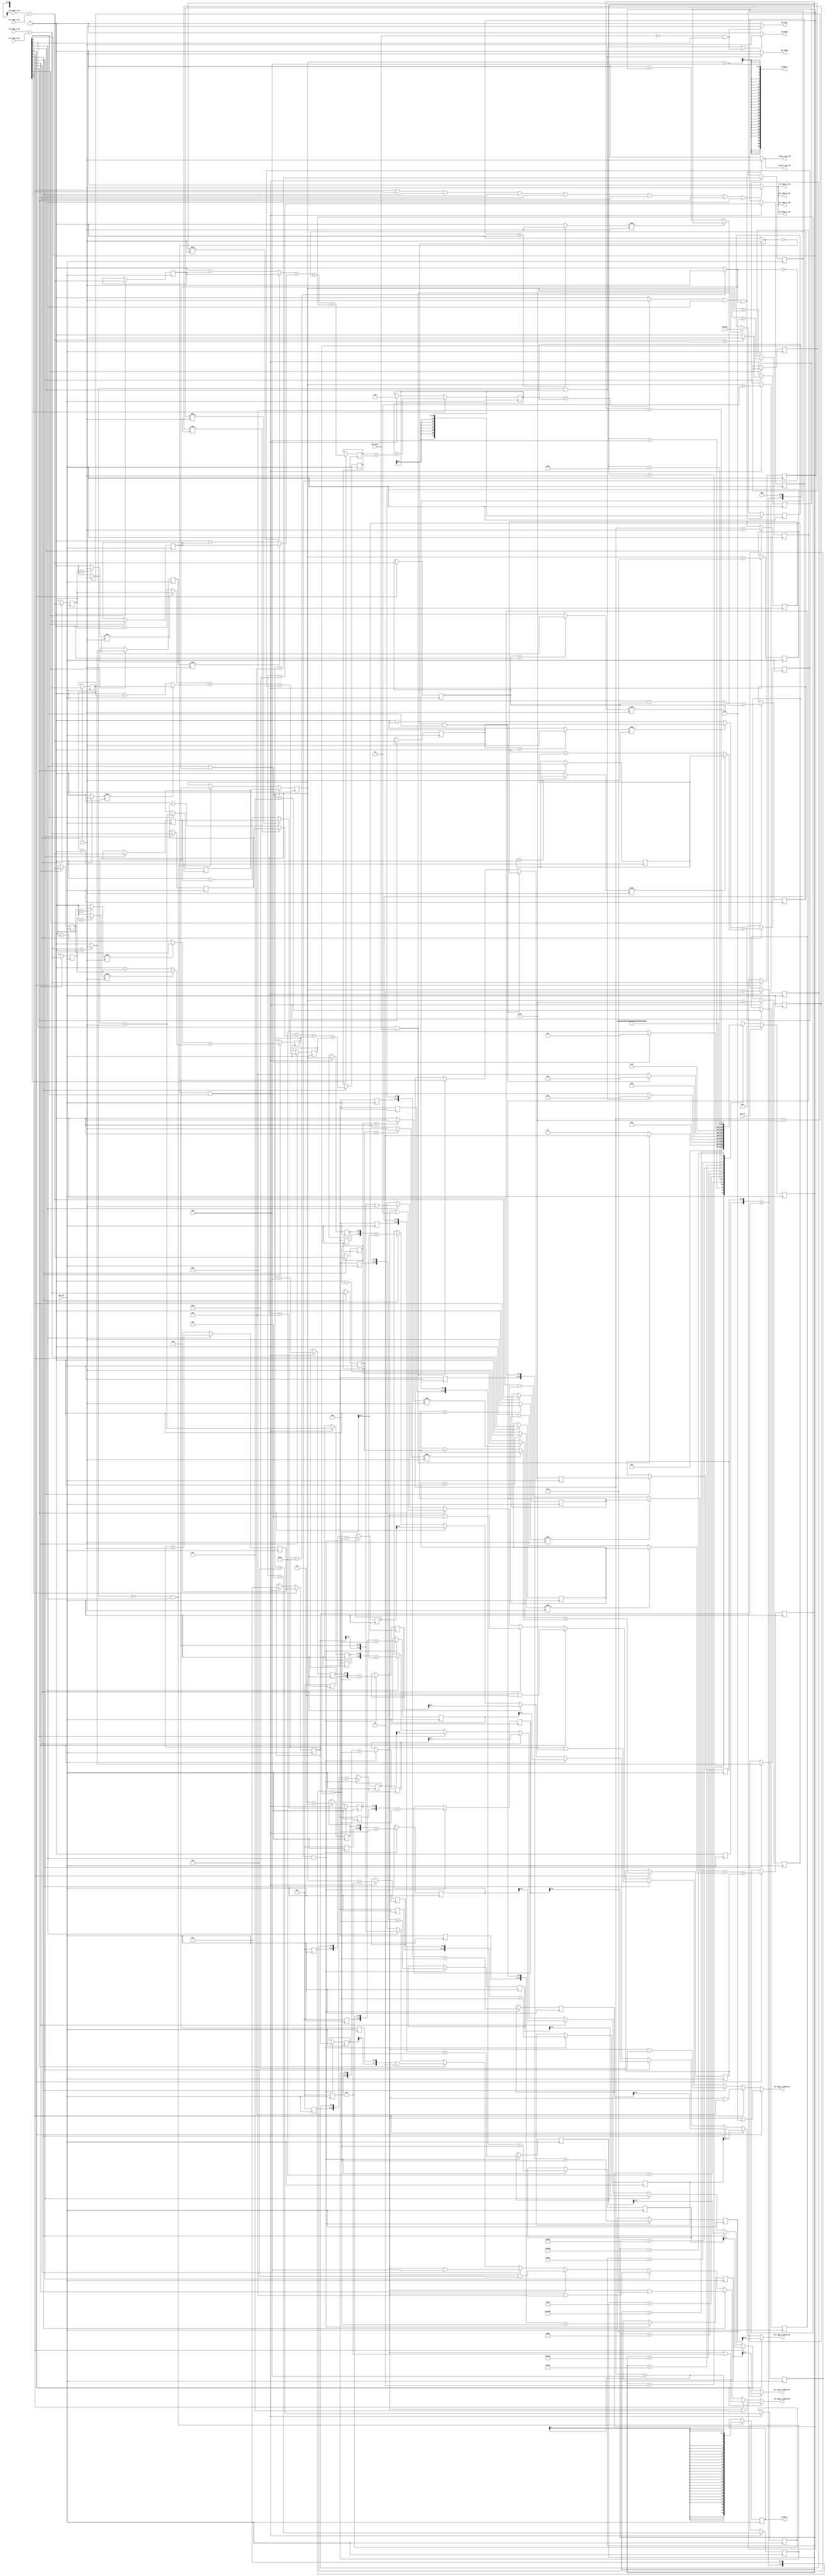
// ==============================================================
// RTL generated by Vivado(TM) HLS - High-Level Synthesis from C, C++ and SystemC
// Version: 2018.3
// Copyright (C) 1986-2018 Xilinx, Inc. All Rights Reserved.
// 
// ===========================================================

`timescale 1 ns / 1 ps 

module alignment_1 (
        ap_clk,
        ap_rst,
        ap_start,
        ap_done,
        ap_idle,
        ap_ready,
        ref_imgs_V_address0,
        ref_imgs_V_ce0,
        ref_imgs_V_q0,
        ref_imgs_V_address1,
        ref_imgs_V_ce1,
        ref_imgs_V_q1,
        alt_imgs_V_address0,
        alt_imgs_V_ce0,
        alt_imgs_V_q0,
        alt_imgs_V_address1,
        alt_imgs_V_ce1,
        alt_imgs_V_q1,
        align_x,
        align_x_ap_vld,
        align_y,
        align_y_ap_vld
);

parameter    ap_ST_fsm_state1 = 14'd1;
parameter    ap_ST_fsm_state2 = 14'd2;
parameter    ap_ST_fsm_state3 = 14'd4;
parameter    ap_ST_fsm_state4 = 14'd8;
parameter    ap_ST_fsm_state5 = 14'd16;
parameter    ap_ST_fsm_state6 = 14'd32;
parameter    ap_ST_fsm_state7 = 14'd64;
parameter    ap_ST_fsm_state8 = 14'd128;
parameter    ap_ST_fsm_state9 = 14'd256;
parameter    ap_ST_fsm_state10 = 14'd512;
parameter    ap_ST_fsm_state11 = 14'd1024;
parameter    ap_ST_fsm_state12 = 14'd2048;
parameter    ap_ST_fsm_state13 = 14'd4096;
parameter    ap_ST_fsm_state14 = 14'd8192;

input   ap_clk;
input   ap_rst;
input   ap_start;
output   ap_done;
output   ap_idle;
output   ap_ready;
output  [7:0] ref_imgs_V_address0;
output   ref_imgs_V_ce0;
input  [15:0] ref_imgs_V_q0;
output  [7:0] ref_imgs_V_address1;
output   ref_imgs_V_ce1;
input  [15:0] ref_imgs_V_q1;
output  [9:0] alt_imgs_V_address0;
output   alt_imgs_V_ce0;
input  [15:0] alt_imgs_V_q0;
output  [9:0] alt_imgs_V_address1;
output   alt_imgs_V_ce1;
input  [15:0] alt_imgs_V_q1;
output  [31:0] align_x;
output   align_x_ap_vld;
output  [31:0] align_y;
output   align_y_ap_vld;

reg ap_done;
reg ap_idle;
reg ap_ready;
reg[7:0] ref_imgs_V_address0;
reg ref_imgs_V_ce0;
reg[7:0] ref_imgs_V_address1;
reg ref_imgs_V_ce1;
reg[9:0] alt_imgs_V_address0;
reg alt_imgs_V_ce0;
reg[9:0] alt_imgs_V_address1;
reg alt_imgs_V_ce1;
reg align_x_ap_vld;
reg align_y_ap_vld;

(* fsm_encoding = "none" *) reg   [13:0] ap_CS_fsm;
wire    ap_CS_fsm_state1;
wire   [4:0] i_cast_fu_465_p1;
reg   [4:0] i_cast_reg_1816;
wire    ap_CS_fsm_state2;
wire   [3:0] i_1_fu_475_p2;
reg   [3:0] i_1_reg_1824;
wire  signed [31:0] align_x_assign_cast_fu_487_p1;
reg  signed [31:0] align_x_assign_cast_reg_1829;
wire   [0:0] exitcond1_fu_469_p2;
wire   [3:0] j_1_fu_501_p2;
reg   [3:0] j_1_reg_1837;
wire    ap_CS_fsm_state3;
wire   [10:0] tmp_7_cast_fu_507_p1;
reg   [10:0] tmp_7_cast_reg_1842;
wire   [0:0] exitcond2_fu_495_p2;
wire   [10:0] tmp_7_1_cast_fu_511_p1;
reg   [10:0] tmp_7_1_cast_reg_1847;
wire   [10:0] tmp_7_2_cast_fu_521_p1;
reg   [10:0] tmp_7_2_cast_reg_1852;
wire   [10:0] tmp_7_3_cast_fu_531_p1;
reg   [10:0] tmp_7_3_cast_reg_1857;
wire   [10:0] tmp_7_4_cast_fu_541_p1;
reg   [10:0] tmp_7_4_cast_reg_1862;
wire   [10:0] tmp_7_5_cast_fu_551_p1;
reg   [10:0] tmp_7_5_cast_reg_1867;
wire   [10:0] tmp_7_6_cast_fu_561_p1;
reg   [10:0] tmp_7_6_cast_reg_1872;
wire   [10:0] tmp_7_7_cast_fu_571_p1;
reg   [10:0] tmp_7_7_cast_reg_1877;
wire   [10:0] tmp_7_8_cast_fu_581_p1;
reg   [10:0] tmp_7_8_cast_reg_1882;
wire   [10:0] tmp_7_9_cast_fu_591_p1;
reg   [10:0] tmp_7_9_cast_reg_1887;
wire   [10:0] tmp_7_cast_3_fu_601_p1;
reg   [10:0] tmp_7_cast_3_reg_1892;
wire   [10:0] tmp_7_10_cast_fu_611_p1;
reg   [10:0] tmp_7_10_cast_reg_1897;
wire   [10:0] tmp_7_11_cast_fu_621_p1;
reg   [10:0] tmp_7_11_cast_reg_1902;
wire   [10:0] tmp_7_12_cast_fu_631_p1;
reg   [10:0] tmp_7_12_cast_reg_1907;
wire   [10:0] tmp_7_13_cast_fu_641_p1;
reg   [10:0] tmp_7_13_cast_reg_1912;
wire   [10:0] tmp_7_14_cast_fu_651_p1;
reg   [10:0] tmp_7_14_cast_reg_1917;
wire   [4:0] n_1_fu_661_p2;
reg   [4:0] n_1_reg_1925;
wire    ap_CS_fsm_state4;
wire   [8:0] tmp_3_fu_667_p3;
reg   [8:0] tmp_3_reg_1930;
wire   [0:0] exitcond3_fu_655_p2;
wire   [10:0] tmp_41_fu_750_p2;
reg   [10:0] tmp_41_reg_1968;
wire   [10:0] tmp_42_fu_755_p2;
reg   [10:0] tmp_42_reg_1973;
wire   [10:0] tmp_43_fu_760_p2;
reg   [10:0] tmp_43_reg_1978;
wire   [10:0] tmp_44_fu_765_p2;
reg   [10:0] tmp_44_reg_1983;
wire   [10:0] tmp_45_fu_770_p2;
reg   [10:0] tmp_45_reg_1988;
wire   [10:0] tmp_46_fu_775_p2;
reg   [10:0] tmp_46_reg_1993;
wire   [10:0] tmp_47_fu_780_p2;
reg   [10:0] tmp_47_reg_1998;
wire   [10:0] tmp_48_fu_785_p2;
reg   [10:0] tmp_48_reg_2003;
wire   [10:0] tmp_49_fu_790_p2;
reg   [10:0] tmp_49_reg_2008;
wire   [10:0] tmp_50_fu_795_p2;
reg   [10:0] tmp_50_reg_2013;
wire   [10:0] tmp_51_fu_800_p2;
reg   [10:0] tmp_51_reg_2018;
wire   [10:0] tmp_52_fu_805_p2;
reg   [10:0] tmp_52_reg_2023;
wire   [10:0] tmp_53_fu_810_p2;
reg   [10:0] tmp_53_reg_2028;
wire   [10:0] tmp_54_fu_815_p2;
reg   [10:0] tmp_54_reg_2033;
wire    ap_CS_fsm_state5;
wire   [16:0] ret_V_fu_893_p2;
reg   [16:0] ret_V_reg_2061;
wire   [16:0] ret_V_1_fu_907_p2;
reg   [16:0] ret_V_1_reg_2068;
wire    ap_CS_fsm_state6;
wire   [16:0] ret_V_2_fu_999_p2;
reg   [16:0] ret_V_2_reg_2095;
wire   [16:0] ret_V_3_fu_1013_p2;
reg   [16:0] ret_V_3_reg_2102;
wire   [17:0] tmp3_fu_1019_p2;
reg   [17:0] tmp3_reg_2109;
wire    ap_CS_fsm_state7;
wire   [16:0] ret_V_4_fu_1111_p2;
reg   [16:0] ret_V_4_reg_2134;
wire   [16:0] ret_V_5_fu_1125_p2;
reg   [16:0] ret_V_5_reg_2141;
wire   [18:0] tmp2_fu_1144_p2;
reg   [18:0] tmp2_reg_2148;
wire    ap_CS_fsm_state8;
wire   [16:0] ret_V_6_fu_1236_p2;
reg   [16:0] ret_V_6_reg_2173;
wire   [0:0] abscond_6_fu_1242_p2;
reg   [0:0] abscond_6_reg_2179;
wire   [16:0] ret_V_7_fu_1256_p2;
reg   [16:0] ret_V_7_reg_2184;
wire   [0:0] abscond_7_fu_1262_p2;
reg   [0:0] abscond_7_reg_2190;
wire   [17:0] tmp6_fu_1268_p2;
reg   [17:0] tmp6_reg_2195;
wire    ap_CS_fsm_state9;
wire   [16:0] ret_V_8_fu_1348_p2;
reg   [16:0] ret_V_8_reg_2220;
wire   [16:0] ret_V_9_fu_1362_p2;
reg   [16:0] ret_V_9_reg_2227;
wire   [19:0] tmp1_fu_1394_p2;
reg   [19:0] tmp1_reg_2234;
wire    ap_CS_fsm_state10;
wire   [16:0] ret_V_s_fu_1486_p2;
reg   [16:0] ret_V_s_reg_2259;
wire   [16:0] ret_V_10_fu_1500_p2;
reg   [16:0] ret_V_10_reg_2266;
wire   [17:0] tmp10_fu_1506_p2;
reg   [17:0] tmp10_reg_2273;
wire    ap_CS_fsm_state11;
wire   [16:0] ret_V_11_fu_1598_p2;
reg   [16:0] ret_V_11_reg_2298;
wire   [16:0] ret_V_12_fu_1612_p2;
reg   [16:0] ret_V_12_reg_2305;
wire   [18:0] tmp9_fu_1631_p2;
reg   [18:0] tmp9_reg_2312;
wire   [16:0] ret_V_13_fu_1687_p2;
reg   [16:0] ret_V_13_reg_2317;
wire    ap_CS_fsm_state12;
wire   [0:0] abscond_13_fu_1693_p2;
reg   [0:0] abscond_13_reg_2323;
wire   [16:0] ret_V_14_fu_1707_p2;
reg   [16:0] ret_V_14_reg_2328;
wire   [0:0] abscond_14_fu_1713_p2;
reg   [0:0] abscond_14_reg_2334;
wire   [17:0] tmp13_fu_1719_p2;
reg   [17:0] tmp13_reg_2339;
wire   [19:0] tmp8_fu_1781_p2;
reg   [19:0] tmp8_reg_2344;
wire    ap_CS_fsm_state13;
wire   [24:0] temp_sum_s_fu_1803_p2;
wire    ap_CS_fsm_state14;
reg   [3:0] i_reg_414;
reg   [3:0] j_reg_425;
reg  signed [24:0] sum_1_reg_437;
reg   [4:0] n_reg_449;
wire   [63:0] tmp_5_fu_675_p1;
wire   [63:0] tmp_8_fu_686_p3;
wire  signed [63:0] tmp_41_cast_fu_735_p1;
wire  signed [63:0] tmp_42_cast_fu_745_p1;
wire   [63:0] tmp_7_fu_854_p3;
wire   [63:0] tmp_11_fu_868_p3;
wire  signed [63:0] tmp_43_cast_fu_877_p1;
wire  signed [63:0] tmp_44_cast_fu_881_p1;
wire   [63:0] tmp_13_fu_918_p3;
wire   [63:0] tmp_15_fu_932_p3;
wire  signed [63:0] tmp_45_cast_fu_941_p1;
wire  signed [63:0] tmp_46_cast_fu_945_p1;
wire   [63:0] tmp_17_fu_1030_p3;
wire   [63:0] tmp_19_fu_1044_p3;
wire  signed [63:0] tmp_47_cast_fu_1053_p1;
wire  signed [63:0] tmp_48_cast_fu_1057_p1;
wire   [63:0] tmp_21_fu_1155_p3;
wire   [63:0] tmp_23_fu_1169_p3;
wire  signed [63:0] tmp_49_cast_fu_1178_p1;
wire  signed [63:0] tmp_50_cast_fu_1182_p1;
wire   [63:0] tmp_25_fu_1279_p3;
wire   [63:0] tmp_27_fu_1293_p3;
wire  signed [63:0] tmp_51_cast_fu_1302_p1;
wire  signed [63:0] tmp_52_cast_fu_1306_p1;
wire   [63:0] tmp_29_fu_1405_p3;
wire   [63:0] tmp_31_fu_1419_p3;
wire  signed [63:0] tmp_53_cast_fu_1428_p1;
wire  signed [63:0] tmp_54_cast_fu_1432_p1;
wire   [63:0] tmp_33_fu_1517_p3;
wire   [63:0] tmp_35_fu_1531_p3;
wire  signed [63:0] tmp_55_cast_fu_1540_p1;
wire  signed [63:0] tmp_56_cast_fu_1544_p1;
reg   [31:0] sum_fu_122;
wire  signed [31:0] sum_3_cast_fu_823_p1;
wire   [0:0] tmp_2_fu_827_p2;
wire   [3:0] align_x_assign_fu_481_p2;
wire   [3:0] tmp_6_2_fu_515_p2;
wire   [3:0] tmp_6_3_fu_525_p2;
wire   [3:0] tmp_6_4_fu_535_p2;
wire   [3:0] tmp_6_5_fu_545_p2;
wire   [3:0] tmp_6_6_fu_555_p2;
wire   [3:0] tmp_6_7_fu_565_p2;
wire   [4:0] j_cast_fu_491_p1;
wire   [4:0] tmp_6_8_fu_575_p2;
wire   [4:0] tmp_6_9_fu_585_p2;
wire   [4:0] tmp_6_s_fu_595_p2;
wire   [4:0] tmp_6_1_fu_605_p2;
wire   [4:0] tmp_6_10_fu_615_p2;
wire   [4:0] tmp_6_11_fu_625_p2;
wire   [4:0] tmp_6_12_fu_635_p2;
wire   [4:0] tmp_6_13_fu_645_p2;
wire   [8:0] tmp_6_fu_680_p2;
wire   [4:0] tmp_4_fu_695_p2;
wire   [9:0] tmp_36_fu_700_p3;
wire   [7:0] tmp_37_fu_712_p3;
wire   [10:0] p_shl_cast_fu_708_p1;
wire   [10:0] p_shl1_cast_fu_720_p1;
wire   [10:0] tmp_38_fu_724_p2;
wire   [10:0] tmp_39_fu_730_p2;
wire   [10:0] tmp_40_fu_740_p2;
wire   [3:0] align_y_assign_fu_833_p2;
wire   [8:0] tmp_9_fu_849_p2;
wire   [8:0] tmp_10_fu_863_p2;
wire   [16:0] lhs_V_fu_885_p1;
wire   [16:0] rhs_V_fu_889_p1;
wire   [16:0] lhs_V_1_fu_899_p1;
wire   [16:0] rhs_V_1_fu_903_p1;
wire   [8:0] tmp_12_fu_913_p2;
wire   [8:0] tmp_14_fu_927_p2;
wire   [0:0] abscond_fu_954_p2;
wire   [16:0] neg_fu_949_p2;
wire   [16:0] abs_fu_959_p3;
wire   [0:0] abscond_1_fu_975_p2;
wire   [16:0] neg_1_fu_970_p2;
wire   [16:0] abs_1_fu_980_p3;
wire   [16:0] lhs_V_2_fu_991_p1;
wire   [16:0] rhs_V_2_fu_995_p1;
wire   [16:0] lhs_V_3_fu_1005_p1;
wire   [16:0] rhs_V_3_fu_1009_p1;
wire  signed [17:0] abs_cast_fu_966_p1;
wire  signed [17:0] abs_1_cast_fu_987_p1;
wire   [8:0] tmp_16_fu_1025_p2;
wire   [8:0] tmp_18_fu_1039_p2;
wire   [0:0] abscond_2_fu_1066_p2;
wire   [16:0] neg_2_fu_1061_p2;
wire   [16:0] abs_2_fu_1071_p3;
wire   [0:0] abscond_3_fu_1087_p2;
wire   [16:0] neg_3_fu_1082_p2;
wire   [16:0] abs_3_fu_1092_p3;
wire   [16:0] lhs_V_4_fu_1103_p1;
wire   [16:0] rhs_V_4_fu_1107_p1;
wire   [16:0] lhs_V_5_fu_1117_p1;
wire   [16:0] rhs_V_5_fu_1121_p1;
wire  signed [17:0] abs_2_cast_fu_1078_p1;
wire  signed [17:0] abs_3_cast_fu_1099_p1;
wire   [17:0] tmp4_fu_1134_p2;
wire  signed [18:0] tmp4_cast_fu_1140_p1;
wire  signed [18:0] tmp3_cast_fu_1131_p1;
wire   [8:0] tmp_20_fu_1150_p2;
wire   [8:0] tmp_22_fu_1164_p2;
wire   [0:0] abscond_4_fu_1191_p2;
wire   [16:0] neg_4_fu_1186_p2;
wire   [16:0] abs_4_fu_1196_p3;
wire   [0:0] abscond_5_fu_1212_p2;
wire   [16:0] neg_5_fu_1207_p2;
wire   [16:0] abs_5_fu_1217_p3;
wire   [16:0] lhs_V_6_fu_1228_p1;
wire   [16:0] rhs_V_6_fu_1232_p1;
wire   [16:0] lhs_V_7_fu_1248_p1;
wire   [16:0] rhs_V_7_fu_1252_p1;
wire  signed [17:0] abs_4_cast_fu_1203_p1;
wire  signed [17:0] abs_5_cast_fu_1224_p1;
wire   [8:0] tmp_24_fu_1274_p2;
wire   [8:0] tmp_26_fu_1288_p2;
wire   [16:0] neg_6_fu_1310_p2;
wire   [16:0] abs_6_fu_1315_p3;
wire   [16:0] neg_7_fu_1325_p2;
wire   [16:0] abs_7_fu_1330_p3;
wire   [16:0] lhs_V_8_fu_1340_p1;
wire   [16:0] rhs_V_8_fu_1344_p1;
wire   [16:0] lhs_V_9_fu_1354_p1;
wire   [16:0] rhs_V_9_fu_1358_p1;
wire  signed [17:0] abs_6_cast_fu_1321_p1;
wire  signed [17:0] abs_7_cast_fu_1336_p1;
wire   [17:0] tmp7_fu_1374_p2;
wire  signed [18:0] tmp7_cast_fu_1380_p1;
wire  signed [18:0] tmp6_cast_fu_1371_p1;
wire   [18:0] tmp5_fu_1384_p2;
wire  signed [19:0] tmp5_cast_fu_1390_p1;
wire  signed [19:0] tmp2_cast_fu_1368_p1;
wire   [8:0] tmp_28_fu_1400_p2;
wire   [8:0] tmp_30_fu_1414_p2;
wire   [0:0] abscond_8_fu_1441_p2;
wire   [16:0] neg_8_fu_1436_p2;
wire   [16:0] abs_8_fu_1446_p3;
wire   [0:0] abscond_9_fu_1462_p2;
wire   [16:0] neg_9_fu_1457_p2;
wire   [16:0] abs_9_fu_1467_p3;
wire   [16:0] lhs_V_s_fu_1478_p1;
wire   [16:0] rhs_V_s_fu_1482_p1;
wire   [16:0] lhs_V_10_fu_1492_p1;
wire   [16:0] rhs_V_10_fu_1496_p1;
wire  signed [17:0] abs_8_cast_fu_1453_p1;
wire  signed [17:0] abs_9_cast_fu_1474_p1;
wire   [8:0] tmp_32_fu_1512_p2;
wire   [8:0] tmp_34_fu_1526_p2;
wire   [0:0] abscond_s_fu_1553_p2;
wire   [16:0] neg_s_fu_1548_p2;
wire   [16:0] abs_s_fu_1558_p3;
wire   [0:0] abscond_10_fu_1574_p2;
wire   [16:0] neg_10_fu_1569_p2;
wire   [16:0] abs_10_fu_1579_p3;
wire   [16:0] lhs_V_11_fu_1590_p1;
wire   [16:0] rhs_V_11_fu_1594_p1;
wire   [16:0] lhs_V_12_fu_1604_p1;
wire   [16:0] rhs_V_12_fu_1608_p1;
wire  signed [17:0] abs_cast_5_fu_1565_p1;
wire  signed [17:0] abs_10_cast_fu_1586_p1;
wire   [17:0] tmp11_fu_1621_p2;
wire  signed [18:0] tmp11_cast_fu_1627_p1;
wire  signed [18:0] tmp10_cast_fu_1618_p1;
wire   [0:0] abscond_11_fu_1642_p2;
wire   [16:0] neg_11_fu_1637_p2;
wire   [16:0] abs_11_fu_1647_p3;
wire   [0:0] abscond_12_fu_1663_p2;
wire   [16:0] neg_12_fu_1658_p2;
wire   [16:0] abs_12_fu_1668_p3;
wire   [16:0] lhs_V_13_fu_1679_p1;
wire   [16:0] rhs_V_13_fu_1683_p1;
wire   [16:0] lhs_V_14_fu_1699_p1;
wire   [16:0] rhs_V_14_fu_1703_p1;
wire  signed [17:0] abs_11_cast_fu_1654_p1;
wire  signed [17:0] abs_12_cast_fu_1675_p1;
wire   [16:0] neg_13_fu_1725_p2;
wire   [16:0] abs_13_fu_1730_p3;
wire   [16:0] neg_14_fu_1740_p2;
wire   [16:0] abs_14_fu_1745_p3;
wire  signed [17:0] abs_13_cast_fu_1736_p1;
wire  signed [17:0] abs_14_cast_fu_1751_p1;
wire   [17:0] tmp14_fu_1761_p2;
wire  signed [18:0] tmp14_cast_fu_1767_p1;
wire  signed [18:0] tmp13_cast_fu_1758_p1;
wire   [18:0] tmp12_fu_1771_p2;
wire  signed [19:0] tmp12_cast_fu_1777_p1;
wire  signed [19:0] tmp9_cast_fu_1755_p1;
wire  signed [20:0] tmp8_cast_fu_1790_p1;
wire  signed [20:0] tmp1_cast_fu_1787_p1;
wire   [20:0] tmp_s_fu_1793_p2;
wire  signed [24:0] p_cast_fu_1799_p1;
reg   [13:0] ap_NS_fsm;

// power-on initialization
initial begin
#0 ap_CS_fsm = 14'd1;
end

always @ (posedge ap_clk) begin
    if (ap_rst == 1'b1) begin
        ap_CS_fsm <= ap_ST_fsm_state1;
    end else begin
        ap_CS_fsm <= ap_NS_fsm;
    end
end

always @ (posedge ap_clk) begin
    if (((exitcond2_fu_495_p2 == 1'd1) & (1'b1 == ap_CS_fsm_state3))) begin
        i_reg_414 <= i_1_reg_1824;
    end else if (((1'b1 == ap_CS_fsm_state1) & (ap_start == 1'b1))) begin
        i_reg_414 <= 4'd0;
    end
end

always @ (posedge ap_clk) begin
    if (((1'b1 == ap_CS_fsm_state4) & (exitcond3_fu_655_p2 == 1'd1))) begin
        j_reg_425 <= j_1_reg_1837;
    end else if (((exitcond1_fu_469_p2 == 1'd0) & (1'b1 == ap_CS_fsm_state2))) begin
        j_reg_425 <= 4'd0;
    end
end

always @ (posedge ap_clk) begin
    if ((1'b1 == ap_CS_fsm_state14)) begin
        n_reg_449 <= n_1_reg_1925;
    end else if (((exitcond2_fu_495_p2 == 1'd0) & (1'b1 == ap_CS_fsm_state3))) begin
        n_reg_449 <= 5'd0;
    end
end

always @ (posedge ap_clk) begin
    if ((1'b1 == ap_CS_fsm_state14)) begin
        sum_1_reg_437 <= temp_sum_s_fu_1803_p2;
    end else if (((exitcond2_fu_495_p2 == 1'd0) & (1'b1 == ap_CS_fsm_state3))) begin
        sum_1_reg_437 <= 25'd0;
    end
end

always @ (posedge ap_clk) begin
    if (((tmp_2_fu_827_p2 == 1'd1) & (1'b1 == ap_CS_fsm_state4) & (exitcond3_fu_655_p2 == 1'd1))) begin
        sum_fu_122 <= sum_3_cast_fu_823_p1;
    end else if (((1'b1 == ap_CS_fsm_state1) & (ap_start == 1'b1))) begin
        sum_fu_122 <= 32'd10000;
    end
end

always @ (posedge ap_clk) begin
    if ((1'b1 == ap_CS_fsm_state12)) begin
        abscond_13_reg_2323 <= abscond_13_fu_1693_p2;
        abscond_14_reg_2334 <= abscond_14_fu_1713_p2;
        ret_V_13_reg_2317 <= ret_V_13_fu_1687_p2;
        ret_V_14_reg_2328 <= ret_V_14_fu_1707_p2;
        tmp13_reg_2339 <= tmp13_fu_1719_p2;
    end
end

always @ (posedge ap_clk) begin
    if ((1'b1 == ap_CS_fsm_state8)) begin
        abscond_6_reg_2179 <= abscond_6_fu_1242_p2;
        abscond_7_reg_2190 <= abscond_7_fu_1262_p2;
        ret_V_6_reg_2173 <= ret_V_6_fu_1236_p2;
        ret_V_7_reg_2184 <= ret_V_7_fu_1256_p2;
        tmp6_reg_2195 <= tmp6_fu_1268_p2;
    end
end

always @ (posedge ap_clk) begin
    if (((exitcond1_fu_469_p2 == 1'd0) & (1'b1 == ap_CS_fsm_state2))) begin
        align_x_assign_cast_reg_1829 <= align_x_assign_cast_fu_487_p1;
    end
end

always @ (posedge ap_clk) begin
    if ((1'b1 == ap_CS_fsm_state2)) begin
        i_1_reg_1824 <= i_1_fu_475_p2;
        i_cast_reg_1816[3 : 0] <= i_cast_fu_465_p1[3 : 0];
    end
end

always @ (posedge ap_clk) begin
    if ((1'b1 == ap_CS_fsm_state3)) begin
        j_1_reg_1837 <= j_1_fu_501_p2;
    end
end

always @ (posedge ap_clk) begin
    if ((1'b1 == ap_CS_fsm_state4)) begin
        n_1_reg_1925 <= n_1_fu_661_p2;
    end
end

always @ (posedge ap_clk) begin
    if ((1'b1 == ap_CS_fsm_state10)) begin
        ret_V_10_reg_2266 <= ret_V_10_fu_1500_p2;
        ret_V_s_reg_2259 <= ret_V_s_fu_1486_p2;
        tmp10_reg_2273 <= tmp10_fu_1506_p2;
    end
end

always @ (posedge ap_clk) begin
    if ((1'b1 == ap_CS_fsm_state11)) begin
        ret_V_11_reg_2298 <= ret_V_11_fu_1598_p2;
        ret_V_12_reg_2305 <= ret_V_12_fu_1612_p2;
        tmp9_reg_2312 <= tmp9_fu_1631_p2;
    end
end

always @ (posedge ap_clk) begin
    if ((1'b1 == ap_CS_fsm_state5)) begin
        ret_V_1_reg_2068 <= ret_V_1_fu_907_p2;
        ret_V_reg_2061 <= ret_V_fu_893_p2;
    end
end

always @ (posedge ap_clk) begin
    if ((1'b1 == ap_CS_fsm_state6)) begin
        ret_V_2_reg_2095 <= ret_V_2_fu_999_p2;
        ret_V_3_reg_2102 <= ret_V_3_fu_1013_p2;
        tmp3_reg_2109 <= tmp3_fu_1019_p2;
    end
end

always @ (posedge ap_clk) begin
    if ((1'b1 == ap_CS_fsm_state7)) begin
        ret_V_4_reg_2134 <= ret_V_4_fu_1111_p2;
        ret_V_5_reg_2141 <= ret_V_5_fu_1125_p2;
        tmp2_reg_2148 <= tmp2_fu_1144_p2;
    end
end

always @ (posedge ap_clk) begin
    if ((1'b1 == ap_CS_fsm_state9)) begin
        ret_V_8_reg_2220 <= ret_V_8_fu_1348_p2;
        ret_V_9_reg_2227 <= ret_V_9_fu_1362_p2;
        tmp1_reg_2234 <= tmp1_fu_1394_p2;
    end
end

always @ (posedge ap_clk) begin
    if ((1'b1 == ap_CS_fsm_state13)) begin
        tmp8_reg_2344 <= tmp8_fu_1781_p2;
    end
end

always @ (posedge ap_clk) begin
    if (((exitcond3_fu_655_p2 == 1'd0) & (1'b1 == ap_CS_fsm_state4))) begin
        tmp_3_reg_1930[8 : 4] <= tmp_3_fu_667_p3[8 : 4];
        tmp_41_reg_1968 <= tmp_41_fu_750_p2;
        tmp_42_reg_1973 <= tmp_42_fu_755_p2;
        tmp_43_reg_1978 <= tmp_43_fu_760_p2;
        tmp_44_reg_1983 <= tmp_44_fu_765_p2;
        tmp_45_reg_1988 <= tmp_45_fu_770_p2;
        tmp_46_reg_1993 <= tmp_46_fu_775_p2;
        tmp_47_reg_1998 <= tmp_47_fu_780_p2;
        tmp_48_reg_2003 <= tmp_48_fu_785_p2;
        tmp_49_reg_2008 <= tmp_49_fu_790_p2;
        tmp_50_reg_2013 <= tmp_50_fu_795_p2;
        tmp_51_reg_2018 <= tmp_51_fu_800_p2;
        tmp_52_reg_2023 <= tmp_52_fu_805_p2;
        tmp_53_reg_2028 <= tmp_53_fu_810_p2;
        tmp_54_reg_2033 <= tmp_54_fu_815_p2;
    end
end

always @ (posedge ap_clk) begin
    if (((exitcond2_fu_495_p2 == 1'd0) & (1'b1 == ap_CS_fsm_state3))) begin
        tmp_7_10_cast_reg_1897[4 : 0] <= tmp_7_10_cast_fu_611_p1[4 : 0];
        tmp_7_11_cast_reg_1902[4 : 0] <= tmp_7_11_cast_fu_621_p1[4 : 0];
        tmp_7_12_cast_reg_1907[4 : 0] <= tmp_7_12_cast_fu_631_p1[4 : 0];
        tmp_7_13_cast_reg_1912[4 : 0] <= tmp_7_13_cast_fu_641_p1[4 : 0];
        tmp_7_14_cast_reg_1917[4 : 0] <= tmp_7_14_cast_fu_651_p1[4 : 0];
        tmp_7_1_cast_reg_1847[3 : 0] <= tmp_7_1_cast_fu_511_p1[3 : 0];
        tmp_7_2_cast_reg_1852[3 : 0] <= tmp_7_2_cast_fu_521_p1[3 : 0];
        tmp_7_3_cast_reg_1857[3 : 0] <= tmp_7_3_cast_fu_531_p1[3 : 0];
        tmp_7_4_cast_reg_1862[3 : 0] <= tmp_7_4_cast_fu_541_p1[3 : 0];
        tmp_7_5_cast_reg_1867[3 : 0] <= tmp_7_5_cast_fu_551_p1[3 : 0];
        tmp_7_6_cast_reg_1872[3 : 0] <= tmp_7_6_cast_fu_561_p1[3 : 0];
        tmp_7_7_cast_reg_1877[3 : 0] <= tmp_7_7_cast_fu_571_p1[3 : 0];
        tmp_7_8_cast_reg_1882[4 : 0] <= tmp_7_8_cast_fu_581_p1[4 : 0];
        tmp_7_9_cast_reg_1887[4 : 0] <= tmp_7_9_cast_fu_591_p1[4 : 0];
        tmp_7_cast_3_reg_1892[4 : 0] <= tmp_7_cast_3_fu_601_p1[4 : 0];
        tmp_7_cast_reg_1842[3 : 0] <= tmp_7_cast_fu_507_p1[3 : 0];
    end
end

always @ (*) begin
    if (((tmp_2_fu_827_p2 == 1'd1) & (1'b1 == ap_CS_fsm_state4) & (exitcond3_fu_655_p2 == 1'd1))) begin
        align_x_ap_vld = 1'b1;
    end else begin
        align_x_ap_vld = 1'b0;
    end
end

always @ (*) begin
    if (((tmp_2_fu_827_p2 == 1'd1) & (1'b1 == ap_CS_fsm_state4) & (exitcond3_fu_655_p2 == 1'd1))) begin
        align_y_ap_vld = 1'b1;
    end else begin
        align_y_ap_vld = 1'b0;
    end
end

always @ (*) begin
    if ((1'b1 == ap_CS_fsm_state11)) begin
        alt_imgs_V_address0 = tmp_55_cast_fu_1540_p1;
    end else if ((1'b1 == ap_CS_fsm_state10)) begin
        alt_imgs_V_address0 = tmp_53_cast_fu_1428_p1;
    end else if ((1'b1 == ap_CS_fsm_state9)) begin
        alt_imgs_V_address0 = tmp_51_cast_fu_1302_p1;
    end else if ((1'b1 == ap_CS_fsm_state8)) begin
        alt_imgs_V_address0 = tmp_49_cast_fu_1178_p1;
    end else if ((1'b1 == ap_CS_fsm_state7)) begin
        alt_imgs_V_address0 = tmp_47_cast_fu_1053_p1;
    end else if ((1'b1 == ap_CS_fsm_state6)) begin
        alt_imgs_V_address0 = tmp_45_cast_fu_941_p1;
    end else if ((1'b1 == ap_CS_fsm_state5)) begin
        alt_imgs_V_address0 = tmp_43_cast_fu_877_p1;
    end else if ((1'b1 == ap_CS_fsm_state4)) begin
        alt_imgs_V_address0 = tmp_41_cast_fu_735_p1;
    end else begin
        alt_imgs_V_address0 = 'bx;
    end
end

always @ (*) begin
    if ((1'b1 == ap_CS_fsm_state11)) begin
        alt_imgs_V_address1 = tmp_56_cast_fu_1544_p1;
    end else if ((1'b1 == ap_CS_fsm_state10)) begin
        alt_imgs_V_address1 = tmp_54_cast_fu_1432_p1;
    end else if ((1'b1 == ap_CS_fsm_state9)) begin
        alt_imgs_V_address1 = tmp_52_cast_fu_1306_p1;
    end else if ((1'b1 == ap_CS_fsm_state8)) begin
        alt_imgs_V_address1 = tmp_50_cast_fu_1182_p1;
    end else if ((1'b1 == ap_CS_fsm_state7)) begin
        alt_imgs_V_address1 = tmp_48_cast_fu_1057_p1;
    end else if ((1'b1 == ap_CS_fsm_state6)) begin
        alt_imgs_V_address1 = tmp_46_cast_fu_945_p1;
    end else if ((1'b1 == ap_CS_fsm_state5)) begin
        alt_imgs_V_address1 = tmp_44_cast_fu_881_p1;
    end else if ((1'b1 == ap_CS_fsm_state4)) begin
        alt_imgs_V_address1 = tmp_42_cast_fu_745_p1;
    end else begin
        alt_imgs_V_address1 = 'bx;
    end
end

always @ (*) begin
    if (((1'b1 == ap_CS_fsm_state11) | (1'b1 == ap_CS_fsm_state10) | (1'b1 == ap_CS_fsm_state9) | (1'b1 == ap_CS_fsm_state8) | (1'b1 == ap_CS_fsm_state7) | (1'b1 == ap_CS_fsm_state6) | (1'b1 == ap_CS_fsm_state5) | (1'b1 == ap_CS_fsm_state4))) begin
        alt_imgs_V_ce0 = 1'b1;
    end else begin
        alt_imgs_V_ce0 = 1'b0;
    end
end

always @ (*) begin
    if (((1'b1 == ap_CS_fsm_state11) | (1'b1 == ap_CS_fsm_state10) | (1'b1 == ap_CS_fsm_state9) | (1'b1 == ap_CS_fsm_state8) | (1'b1 == ap_CS_fsm_state7) | (1'b1 == ap_CS_fsm_state6) | (1'b1 == ap_CS_fsm_state5) | (1'b1 == ap_CS_fsm_state4))) begin
        alt_imgs_V_ce1 = 1'b1;
    end else begin
        alt_imgs_V_ce1 = 1'b0;
    end
end

always @ (*) begin
    if ((((exitcond1_fu_469_p2 == 1'd1) & (1'b1 == ap_CS_fsm_state2)) | ((ap_start == 1'b0) & (1'b1 == ap_CS_fsm_state1)))) begin
        ap_done = 1'b1;
    end else begin
        ap_done = 1'b0;
    end
end

always @ (*) begin
    if (((ap_start == 1'b0) & (1'b1 == ap_CS_fsm_state1))) begin
        ap_idle = 1'b1;
    end else begin
        ap_idle = 1'b0;
    end
end

always @ (*) begin
    if (((exitcond1_fu_469_p2 == 1'd1) & (1'b1 == ap_CS_fsm_state2))) begin
        ap_ready = 1'b1;
    end else begin
        ap_ready = 1'b0;
    end
end

always @ (*) begin
    if ((1'b1 == ap_CS_fsm_state11)) begin
        ref_imgs_V_address0 = tmp_33_fu_1517_p3;
    end else if ((1'b1 == ap_CS_fsm_state10)) begin
        ref_imgs_V_address0 = tmp_29_fu_1405_p3;
    end else if ((1'b1 == ap_CS_fsm_state9)) begin
        ref_imgs_V_address0 = tmp_25_fu_1279_p3;
    end else if ((1'b1 == ap_CS_fsm_state8)) begin
        ref_imgs_V_address0 = tmp_21_fu_1155_p3;
    end else if ((1'b1 == ap_CS_fsm_state7)) begin
        ref_imgs_V_address0 = tmp_17_fu_1030_p3;
    end else if ((1'b1 == ap_CS_fsm_state6)) begin
        ref_imgs_V_address0 = tmp_13_fu_918_p3;
    end else if ((1'b1 == ap_CS_fsm_state5)) begin
        ref_imgs_V_address0 = tmp_7_fu_854_p3;
    end else if ((1'b1 == ap_CS_fsm_state4)) begin
        ref_imgs_V_address0 = tmp_5_fu_675_p1;
    end else begin
        ref_imgs_V_address0 = 'bx;
    end
end

always @ (*) begin
    if ((1'b1 == ap_CS_fsm_state11)) begin
        ref_imgs_V_address1 = tmp_35_fu_1531_p3;
    end else if ((1'b1 == ap_CS_fsm_state10)) begin
        ref_imgs_V_address1 = tmp_31_fu_1419_p3;
    end else if ((1'b1 == ap_CS_fsm_state9)) begin
        ref_imgs_V_address1 = tmp_27_fu_1293_p3;
    end else if ((1'b1 == ap_CS_fsm_state8)) begin
        ref_imgs_V_address1 = tmp_23_fu_1169_p3;
    end else if ((1'b1 == ap_CS_fsm_state7)) begin
        ref_imgs_V_address1 = tmp_19_fu_1044_p3;
    end else if ((1'b1 == ap_CS_fsm_state6)) begin
        ref_imgs_V_address1 = tmp_15_fu_932_p3;
    end else if ((1'b1 == ap_CS_fsm_state5)) begin
        ref_imgs_V_address1 = tmp_11_fu_868_p3;
    end else if ((1'b1 == ap_CS_fsm_state4)) begin
        ref_imgs_V_address1 = tmp_8_fu_686_p3;
    end else begin
        ref_imgs_V_address1 = 'bx;
    end
end

always @ (*) begin
    if (((1'b1 == ap_CS_fsm_state11) | (1'b1 == ap_CS_fsm_state10) | (1'b1 == ap_CS_fsm_state9) | (1'b1 == ap_CS_fsm_state8) | (1'b1 == ap_CS_fsm_state7) | (1'b1 == ap_CS_fsm_state6) | (1'b1 == ap_CS_fsm_state5) | (1'b1 == ap_CS_fsm_state4))) begin
        ref_imgs_V_ce0 = 1'b1;
    end else begin
        ref_imgs_V_ce0 = 1'b0;
    end
end

always @ (*) begin
    if (((1'b1 == ap_CS_fsm_state11) | (1'b1 == ap_CS_fsm_state10) | (1'b1 == ap_CS_fsm_state9) | (1'b1 == ap_CS_fsm_state8) | (1'b1 == ap_CS_fsm_state7) | (1'b1 == ap_CS_fsm_state6) | (1'b1 == ap_CS_fsm_state5) | (1'b1 == ap_CS_fsm_state4))) begin
        ref_imgs_V_ce1 = 1'b1;
    end else begin
        ref_imgs_V_ce1 = 1'b0;
    end
end

always @ (*) begin
    case (ap_CS_fsm)
        ap_ST_fsm_state1 : begin
            if (((1'b1 == ap_CS_fsm_state1) & (ap_start == 1'b1))) begin
                ap_NS_fsm = ap_ST_fsm_state2;
            end else begin
                ap_NS_fsm = ap_ST_fsm_state1;
            end
        end
        ap_ST_fsm_state2 : begin
            if (((exitcond1_fu_469_p2 == 1'd1) & (1'b1 == ap_CS_fsm_state2))) begin
                ap_NS_fsm = ap_ST_fsm_state1;
            end else begin
                ap_NS_fsm = ap_ST_fsm_state3;
            end
        end
        ap_ST_fsm_state3 : begin
            if (((exitcond2_fu_495_p2 == 1'd1) & (1'b1 == ap_CS_fsm_state3))) begin
                ap_NS_fsm = ap_ST_fsm_state2;
            end else begin
                ap_NS_fsm = ap_ST_fsm_state4;
            end
        end
        ap_ST_fsm_state4 : begin
            if (((1'b1 == ap_CS_fsm_state4) & (exitcond3_fu_655_p2 == 1'd1))) begin
                ap_NS_fsm = ap_ST_fsm_state3;
            end else begin
                ap_NS_fsm = ap_ST_fsm_state5;
            end
        end
        ap_ST_fsm_state5 : begin
            ap_NS_fsm = ap_ST_fsm_state6;
        end
        ap_ST_fsm_state6 : begin
            ap_NS_fsm = ap_ST_fsm_state7;
        end
        ap_ST_fsm_state7 : begin
            ap_NS_fsm = ap_ST_fsm_state8;
        end
        ap_ST_fsm_state8 : begin
            ap_NS_fsm = ap_ST_fsm_state9;
        end
        ap_ST_fsm_state9 : begin
            ap_NS_fsm = ap_ST_fsm_state10;
        end
        ap_ST_fsm_state10 : begin
            ap_NS_fsm = ap_ST_fsm_state11;
        end
        ap_ST_fsm_state11 : begin
            ap_NS_fsm = ap_ST_fsm_state12;
        end
        ap_ST_fsm_state12 : begin
            ap_NS_fsm = ap_ST_fsm_state13;
        end
        ap_ST_fsm_state13 : begin
            ap_NS_fsm = ap_ST_fsm_state14;
        end
        ap_ST_fsm_state14 : begin
            ap_NS_fsm = ap_ST_fsm_state4;
        end
        default : begin
            ap_NS_fsm = 'bx;
        end
    endcase
end

assign abs_10_cast_fu_1586_p1 = $signed(abs_10_fu_1579_p3);

assign abs_10_fu_1579_p3 = ((abscond_10_fu_1574_p2[0:0] === 1'b1) ? ret_V_10_reg_2266 : neg_10_fu_1569_p2);

assign abs_11_cast_fu_1654_p1 = $signed(abs_11_fu_1647_p3);

assign abs_11_fu_1647_p3 = ((abscond_11_fu_1642_p2[0:0] === 1'b1) ? ret_V_11_reg_2298 : neg_11_fu_1637_p2);

assign abs_12_cast_fu_1675_p1 = $signed(abs_12_fu_1668_p3);

assign abs_12_fu_1668_p3 = ((abscond_12_fu_1663_p2[0:0] === 1'b1) ? ret_V_12_reg_2305 : neg_12_fu_1658_p2);

assign abs_13_cast_fu_1736_p1 = $signed(abs_13_fu_1730_p3);

assign abs_13_fu_1730_p3 = ((abscond_13_reg_2323[0:0] === 1'b1) ? ret_V_13_reg_2317 : neg_13_fu_1725_p2);

assign abs_14_cast_fu_1751_p1 = $signed(abs_14_fu_1745_p3);

assign abs_14_fu_1745_p3 = ((abscond_14_reg_2334[0:0] === 1'b1) ? ret_V_14_reg_2328 : neg_14_fu_1740_p2);

assign abs_1_cast_fu_987_p1 = $signed(abs_1_fu_980_p3);

assign abs_1_fu_980_p3 = ((abscond_1_fu_975_p2[0:0] === 1'b1) ? ret_V_1_reg_2068 : neg_1_fu_970_p2);

assign abs_2_cast_fu_1078_p1 = $signed(abs_2_fu_1071_p3);

assign abs_2_fu_1071_p3 = ((abscond_2_fu_1066_p2[0:0] === 1'b1) ? ret_V_2_reg_2095 : neg_2_fu_1061_p2);

assign abs_3_cast_fu_1099_p1 = $signed(abs_3_fu_1092_p3);

assign abs_3_fu_1092_p3 = ((abscond_3_fu_1087_p2[0:0] === 1'b1) ? ret_V_3_reg_2102 : neg_3_fu_1082_p2);

assign abs_4_cast_fu_1203_p1 = $signed(abs_4_fu_1196_p3);

assign abs_4_fu_1196_p3 = ((abscond_4_fu_1191_p2[0:0] === 1'b1) ? ret_V_4_reg_2134 : neg_4_fu_1186_p2);

assign abs_5_cast_fu_1224_p1 = $signed(abs_5_fu_1217_p3);

assign abs_5_fu_1217_p3 = ((abscond_5_fu_1212_p2[0:0] === 1'b1) ? ret_V_5_reg_2141 : neg_5_fu_1207_p2);

assign abs_6_cast_fu_1321_p1 = $signed(abs_6_fu_1315_p3);

assign abs_6_fu_1315_p3 = ((abscond_6_reg_2179[0:0] === 1'b1) ? ret_V_6_reg_2173 : neg_6_fu_1310_p2);

assign abs_7_cast_fu_1336_p1 = $signed(abs_7_fu_1330_p3);

assign abs_7_fu_1330_p3 = ((abscond_7_reg_2190[0:0] === 1'b1) ? ret_V_7_reg_2184 : neg_7_fu_1325_p2);

assign abs_8_cast_fu_1453_p1 = $signed(abs_8_fu_1446_p3);

assign abs_8_fu_1446_p3 = ((abscond_8_fu_1441_p2[0:0] === 1'b1) ? ret_V_8_reg_2220 : neg_8_fu_1436_p2);

assign abs_9_cast_fu_1474_p1 = $signed(abs_9_fu_1467_p3);

assign abs_9_fu_1467_p3 = ((abscond_9_fu_1462_p2[0:0] === 1'b1) ? ret_V_9_reg_2227 : neg_9_fu_1457_p2);

assign abs_cast_5_fu_1565_p1 = $signed(abs_s_fu_1558_p3);

assign abs_cast_fu_966_p1 = $signed(abs_fu_959_p3);

assign abs_fu_959_p3 = ((abscond_fu_954_p2[0:0] === 1'b1) ? ret_V_reg_2061 : neg_fu_949_p2);

assign abs_s_fu_1558_p3 = ((abscond_s_fu_1553_p2[0:0] === 1'b1) ? ret_V_s_reg_2259 : neg_s_fu_1548_p2);

assign abscond_10_fu_1574_p2 = (($signed(ret_V_10_reg_2266) > $signed(17'd0)) ? 1'b1 : 1'b0);

assign abscond_11_fu_1642_p2 = (($signed(ret_V_11_reg_2298) > $signed(17'd0)) ? 1'b1 : 1'b0);

assign abscond_12_fu_1663_p2 = (($signed(ret_V_12_reg_2305) > $signed(17'd0)) ? 1'b1 : 1'b0);

assign abscond_13_fu_1693_p2 = (($signed(ret_V_13_fu_1687_p2) > $signed(17'd0)) ? 1'b1 : 1'b0);

assign abscond_14_fu_1713_p2 = (($signed(ret_V_14_fu_1707_p2) > $signed(17'd0)) ? 1'b1 : 1'b0);

assign abscond_1_fu_975_p2 = (($signed(ret_V_1_reg_2068) > $signed(17'd0)) ? 1'b1 : 1'b0);

assign abscond_2_fu_1066_p2 = (($signed(ret_V_2_reg_2095) > $signed(17'd0)) ? 1'b1 : 1'b0);

assign abscond_3_fu_1087_p2 = (($signed(ret_V_3_reg_2102) > $signed(17'd0)) ? 1'b1 : 1'b0);

assign abscond_4_fu_1191_p2 = (($signed(ret_V_4_reg_2134) > $signed(17'd0)) ? 1'b1 : 1'b0);

assign abscond_5_fu_1212_p2 = (($signed(ret_V_5_reg_2141) > $signed(17'd0)) ? 1'b1 : 1'b0);

assign abscond_6_fu_1242_p2 = (($signed(ret_V_6_fu_1236_p2) > $signed(17'd0)) ? 1'b1 : 1'b0);

assign abscond_7_fu_1262_p2 = (($signed(ret_V_7_fu_1256_p2) > $signed(17'd0)) ? 1'b1 : 1'b0);

assign abscond_8_fu_1441_p2 = (($signed(ret_V_8_reg_2220) > $signed(17'd0)) ? 1'b1 : 1'b0);

assign abscond_9_fu_1462_p2 = (($signed(ret_V_9_reg_2227) > $signed(17'd0)) ? 1'b1 : 1'b0);

assign abscond_fu_954_p2 = (($signed(ret_V_reg_2061) > $signed(17'd0)) ? 1'b1 : 1'b0);

assign abscond_s_fu_1553_p2 = (($signed(ret_V_s_reg_2259) > $signed(17'd0)) ? 1'b1 : 1'b0);

assign align_x = align_x_assign_cast_reg_1829;

assign align_x_assign_cast_fu_487_p1 = $signed(align_x_assign_fu_481_p2);

assign align_x_assign_fu_481_p2 = ($signed(i_reg_414) + $signed(4'd12));

assign align_y = $signed(align_y_assign_fu_833_p2);

assign align_y_assign_fu_833_p2 = ($signed(j_reg_425) + $signed(4'd12));

assign ap_CS_fsm_state1 = ap_CS_fsm[32'd0];

assign ap_CS_fsm_state10 = ap_CS_fsm[32'd9];

assign ap_CS_fsm_state11 = ap_CS_fsm[32'd10];

assign ap_CS_fsm_state12 = ap_CS_fsm[32'd11];

assign ap_CS_fsm_state13 = ap_CS_fsm[32'd12];

assign ap_CS_fsm_state14 = ap_CS_fsm[32'd13];

assign ap_CS_fsm_state2 = ap_CS_fsm[32'd1];

assign ap_CS_fsm_state3 = ap_CS_fsm[32'd2];

assign ap_CS_fsm_state4 = ap_CS_fsm[32'd3];

assign ap_CS_fsm_state5 = ap_CS_fsm[32'd4];

assign ap_CS_fsm_state6 = ap_CS_fsm[32'd5];

assign ap_CS_fsm_state7 = ap_CS_fsm[32'd6];

assign ap_CS_fsm_state8 = ap_CS_fsm[32'd7];

assign ap_CS_fsm_state9 = ap_CS_fsm[32'd8];

assign exitcond1_fu_469_p2 = ((i_reg_414 == 4'd9) ? 1'b1 : 1'b0);

assign exitcond2_fu_495_p2 = ((j_reg_425 == 4'd9) ? 1'b1 : 1'b0);

assign exitcond3_fu_655_p2 = ((n_reg_449 == 5'd16) ? 1'b1 : 1'b0);

assign i_1_fu_475_p2 = (i_reg_414 + 4'd1);

assign i_cast_fu_465_p1 = i_reg_414;

assign j_1_fu_501_p2 = (j_reg_425 + 4'd1);

assign j_cast_fu_491_p1 = j_reg_425;

assign lhs_V_10_fu_1492_p1 = ref_imgs_V_q1;

assign lhs_V_11_fu_1590_p1 = ref_imgs_V_q0;

assign lhs_V_12_fu_1604_p1 = ref_imgs_V_q1;

assign lhs_V_13_fu_1679_p1 = ref_imgs_V_q0;

assign lhs_V_14_fu_1699_p1 = ref_imgs_V_q1;

assign lhs_V_1_fu_899_p1 = ref_imgs_V_q1;

assign lhs_V_2_fu_991_p1 = ref_imgs_V_q0;

assign lhs_V_3_fu_1005_p1 = ref_imgs_V_q1;

assign lhs_V_4_fu_1103_p1 = ref_imgs_V_q0;

assign lhs_V_5_fu_1117_p1 = ref_imgs_V_q1;

assign lhs_V_6_fu_1228_p1 = ref_imgs_V_q0;

assign lhs_V_7_fu_1248_p1 = ref_imgs_V_q1;

assign lhs_V_8_fu_1340_p1 = ref_imgs_V_q0;

assign lhs_V_9_fu_1354_p1 = ref_imgs_V_q1;

assign lhs_V_fu_885_p1 = ref_imgs_V_q0;

assign lhs_V_s_fu_1478_p1 = ref_imgs_V_q0;

assign n_1_fu_661_p2 = (n_reg_449 + 5'd1);

assign neg_10_fu_1569_p2 = (17'd0 - ret_V_10_reg_2266);

assign neg_11_fu_1637_p2 = (17'd0 - ret_V_11_reg_2298);

assign neg_12_fu_1658_p2 = (17'd0 - ret_V_12_reg_2305);

assign neg_13_fu_1725_p2 = (17'd0 - ret_V_13_reg_2317);

assign neg_14_fu_1740_p2 = (17'd0 - ret_V_14_reg_2328);

assign neg_1_fu_970_p2 = (17'd0 - ret_V_1_reg_2068);

assign neg_2_fu_1061_p2 = (17'd0 - ret_V_2_reg_2095);

assign neg_3_fu_1082_p2 = (17'd0 - ret_V_3_reg_2102);

assign neg_4_fu_1186_p2 = (17'd0 - ret_V_4_reg_2134);

assign neg_5_fu_1207_p2 = (17'd0 - ret_V_5_reg_2141);

assign neg_6_fu_1310_p2 = (17'd0 - ret_V_6_reg_2173);

assign neg_7_fu_1325_p2 = (17'd0 - ret_V_7_reg_2184);

assign neg_8_fu_1436_p2 = (17'd0 - ret_V_8_reg_2220);

assign neg_9_fu_1457_p2 = (17'd0 - ret_V_9_reg_2227);

assign neg_fu_949_p2 = (17'd0 - ret_V_reg_2061);

assign neg_s_fu_1548_p2 = (17'd0 - ret_V_s_reg_2259);

assign p_cast_fu_1799_p1 = $signed(tmp_s_fu_1793_p2);

assign p_shl1_cast_fu_720_p1 = tmp_37_fu_712_p3;

assign p_shl_cast_fu_708_p1 = tmp_36_fu_700_p3;

assign ret_V_10_fu_1500_p2 = (lhs_V_10_fu_1492_p1 - rhs_V_10_fu_1496_p1);

assign ret_V_11_fu_1598_p2 = (lhs_V_11_fu_1590_p1 - rhs_V_11_fu_1594_p1);

assign ret_V_12_fu_1612_p2 = (lhs_V_12_fu_1604_p1 - rhs_V_12_fu_1608_p1);

assign ret_V_13_fu_1687_p2 = (lhs_V_13_fu_1679_p1 - rhs_V_13_fu_1683_p1);

assign ret_V_14_fu_1707_p2 = (lhs_V_14_fu_1699_p1 - rhs_V_14_fu_1703_p1);

assign ret_V_1_fu_907_p2 = (lhs_V_1_fu_899_p1 - rhs_V_1_fu_903_p1);

assign ret_V_2_fu_999_p2 = (lhs_V_2_fu_991_p1 - rhs_V_2_fu_995_p1);

assign ret_V_3_fu_1013_p2 = (lhs_V_3_fu_1005_p1 - rhs_V_3_fu_1009_p1);

assign ret_V_4_fu_1111_p2 = (lhs_V_4_fu_1103_p1 - rhs_V_4_fu_1107_p1);

assign ret_V_5_fu_1125_p2 = (lhs_V_5_fu_1117_p1 - rhs_V_5_fu_1121_p1);

assign ret_V_6_fu_1236_p2 = (lhs_V_6_fu_1228_p1 - rhs_V_6_fu_1232_p1);

assign ret_V_7_fu_1256_p2 = (lhs_V_7_fu_1248_p1 - rhs_V_7_fu_1252_p1);

assign ret_V_8_fu_1348_p2 = (lhs_V_8_fu_1340_p1 - rhs_V_8_fu_1344_p1);

assign ret_V_9_fu_1362_p2 = (lhs_V_9_fu_1354_p1 - rhs_V_9_fu_1358_p1);

assign ret_V_fu_893_p2 = (lhs_V_fu_885_p1 - rhs_V_fu_889_p1);

assign ret_V_s_fu_1486_p2 = (lhs_V_s_fu_1478_p1 - rhs_V_s_fu_1482_p1);

assign rhs_V_10_fu_1496_p1 = alt_imgs_V_q1;

assign rhs_V_11_fu_1594_p1 = alt_imgs_V_q0;

assign rhs_V_12_fu_1608_p1 = alt_imgs_V_q1;

assign rhs_V_13_fu_1683_p1 = alt_imgs_V_q0;

assign rhs_V_14_fu_1703_p1 = alt_imgs_V_q1;

assign rhs_V_1_fu_903_p1 = alt_imgs_V_q1;

assign rhs_V_2_fu_995_p1 = alt_imgs_V_q0;

assign rhs_V_3_fu_1009_p1 = alt_imgs_V_q1;

assign rhs_V_4_fu_1107_p1 = alt_imgs_V_q0;

assign rhs_V_5_fu_1121_p1 = alt_imgs_V_q1;

assign rhs_V_6_fu_1232_p1 = alt_imgs_V_q0;

assign rhs_V_7_fu_1252_p1 = alt_imgs_V_q1;

assign rhs_V_8_fu_1344_p1 = alt_imgs_V_q0;

assign rhs_V_9_fu_1358_p1 = alt_imgs_V_q1;

assign rhs_V_fu_889_p1 = alt_imgs_V_q0;

assign rhs_V_s_fu_1482_p1 = alt_imgs_V_q0;

assign sum_3_cast_fu_823_p1 = sum_1_reg_437;

assign temp_sum_s_fu_1803_p2 = ($signed(sum_1_reg_437) + $signed(p_cast_fu_1799_p1));

assign tmp10_cast_fu_1618_p1 = $signed(tmp10_reg_2273);

assign tmp10_fu_1506_p2 = ($signed(abs_8_cast_fu_1453_p1) + $signed(abs_9_cast_fu_1474_p1));

assign tmp11_cast_fu_1627_p1 = $signed(tmp11_fu_1621_p2);

assign tmp11_fu_1621_p2 = ($signed(abs_cast_5_fu_1565_p1) + $signed(abs_10_cast_fu_1586_p1));

assign tmp12_cast_fu_1777_p1 = $signed(tmp12_fu_1771_p2);

assign tmp12_fu_1771_p2 = ($signed(tmp14_cast_fu_1767_p1) + $signed(tmp13_cast_fu_1758_p1));

assign tmp13_cast_fu_1758_p1 = $signed(tmp13_reg_2339);

assign tmp13_fu_1719_p2 = ($signed(abs_11_cast_fu_1654_p1) + $signed(abs_12_cast_fu_1675_p1));

assign tmp14_cast_fu_1767_p1 = $signed(tmp14_fu_1761_p2);

assign tmp14_fu_1761_p2 = ($signed(abs_13_cast_fu_1736_p1) + $signed(abs_14_cast_fu_1751_p1));

assign tmp1_cast_fu_1787_p1 = $signed(tmp1_reg_2234);

assign tmp1_fu_1394_p2 = ($signed(tmp5_cast_fu_1390_p1) + $signed(tmp2_cast_fu_1368_p1));

assign tmp2_cast_fu_1368_p1 = $signed(tmp2_reg_2148);

assign tmp2_fu_1144_p2 = ($signed(tmp4_cast_fu_1140_p1) + $signed(tmp3_cast_fu_1131_p1));

assign tmp3_cast_fu_1131_p1 = $signed(tmp3_reg_2109);

assign tmp3_fu_1019_p2 = ($signed(abs_cast_fu_966_p1) + $signed(abs_1_cast_fu_987_p1));

assign tmp4_cast_fu_1140_p1 = $signed(tmp4_fu_1134_p2);

assign tmp4_fu_1134_p2 = ($signed(abs_2_cast_fu_1078_p1) + $signed(abs_3_cast_fu_1099_p1));

assign tmp5_cast_fu_1390_p1 = $signed(tmp5_fu_1384_p2);

assign tmp5_fu_1384_p2 = ($signed(tmp7_cast_fu_1380_p1) + $signed(tmp6_cast_fu_1371_p1));

assign tmp6_cast_fu_1371_p1 = $signed(tmp6_reg_2195);

assign tmp6_fu_1268_p2 = ($signed(abs_4_cast_fu_1203_p1) + $signed(abs_5_cast_fu_1224_p1));

assign tmp7_cast_fu_1380_p1 = $signed(tmp7_fu_1374_p2);

assign tmp7_fu_1374_p2 = ($signed(abs_6_cast_fu_1321_p1) + $signed(abs_7_cast_fu_1336_p1));

assign tmp8_cast_fu_1790_p1 = $signed(tmp8_reg_2344);

assign tmp8_fu_1781_p2 = ($signed(tmp12_cast_fu_1777_p1) + $signed(tmp9_cast_fu_1755_p1));

assign tmp9_cast_fu_1755_p1 = $signed(tmp9_reg_2312);

assign tmp9_fu_1631_p2 = ($signed(tmp11_cast_fu_1627_p1) + $signed(tmp10_cast_fu_1618_p1));

assign tmp_10_fu_863_p2 = (tmp_3_reg_1930 | 9'd3);

assign tmp_11_fu_868_p3 = {{55'd0}, {tmp_10_fu_863_p2}};

assign tmp_12_fu_913_p2 = (tmp_3_reg_1930 | 9'd4);

assign tmp_13_fu_918_p3 = {{55'd0}, {tmp_12_fu_913_p2}};

assign tmp_14_fu_927_p2 = (tmp_3_reg_1930 | 9'd5);

assign tmp_15_fu_932_p3 = {{55'd0}, {tmp_14_fu_927_p2}};

assign tmp_16_fu_1025_p2 = (tmp_3_reg_1930 | 9'd6);

assign tmp_17_fu_1030_p3 = {{55'd0}, {tmp_16_fu_1025_p2}};

assign tmp_18_fu_1039_p2 = (tmp_3_reg_1930 | 9'd7);

assign tmp_19_fu_1044_p3 = {{55'd0}, {tmp_18_fu_1039_p2}};

assign tmp_20_fu_1150_p2 = (tmp_3_reg_1930 | 9'd8);

assign tmp_21_fu_1155_p3 = {{55'd0}, {tmp_20_fu_1150_p2}};

assign tmp_22_fu_1164_p2 = (tmp_3_reg_1930 | 9'd9);

assign tmp_23_fu_1169_p3 = {{55'd0}, {tmp_22_fu_1164_p2}};

assign tmp_24_fu_1274_p2 = (tmp_3_reg_1930 | 9'd10);

assign tmp_25_fu_1279_p3 = {{55'd0}, {tmp_24_fu_1274_p2}};

assign tmp_26_fu_1288_p2 = (tmp_3_reg_1930 | 9'd11);

assign tmp_27_fu_1293_p3 = {{55'd0}, {tmp_26_fu_1288_p2}};

assign tmp_28_fu_1400_p2 = (tmp_3_reg_1930 | 9'd12);

assign tmp_29_fu_1405_p3 = {{55'd0}, {tmp_28_fu_1400_p2}};

assign tmp_2_fu_827_p2 = (($signed(sum_3_cast_fu_823_p1) < $signed(sum_fu_122)) ? 1'b1 : 1'b0);

assign tmp_30_fu_1414_p2 = (tmp_3_reg_1930 | 9'd13);

assign tmp_31_fu_1419_p3 = {{55'd0}, {tmp_30_fu_1414_p2}};

assign tmp_32_fu_1512_p2 = (tmp_3_reg_1930 | 9'd14);

assign tmp_33_fu_1517_p3 = {{55'd0}, {tmp_32_fu_1512_p2}};

assign tmp_34_fu_1526_p2 = (tmp_3_reg_1930 | 9'd15);

assign tmp_35_fu_1531_p3 = {{55'd0}, {tmp_34_fu_1526_p2}};

assign tmp_36_fu_700_p3 = {{tmp_4_fu_695_p2}, {5'd0}};

assign tmp_37_fu_712_p3 = {{tmp_4_fu_695_p2}, {3'd0}};

assign tmp_38_fu_724_p2 = (p_shl_cast_fu_708_p1 - p_shl1_cast_fu_720_p1);

assign tmp_39_fu_730_p2 = (tmp_7_cast_reg_1842 + tmp_38_fu_724_p2);

assign tmp_3_fu_667_p3 = {{n_reg_449}, {4'd0}};

assign tmp_40_fu_740_p2 = (tmp_7_1_cast_reg_1847 + tmp_38_fu_724_p2);

assign tmp_41_cast_fu_735_p1 = $signed(tmp_39_fu_730_p2);

assign tmp_41_fu_750_p2 = (tmp_7_2_cast_reg_1852 + tmp_38_fu_724_p2);

assign tmp_42_cast_fu_745_p1 = $signed(tmp_40_fu_740_p2);

assign tmp_42_fu_755_p2 = (tmp_7_3_cast_reg_1857 + tmp_38_fu_724_p2);

assign tmp_43_cast_fu_877_p1 = $signed(tmp_41_reg_1968);

assign tmp_43_fu_760_p2 = (tmp_7_4_cast_reg_1862 + tmp_38_fu_724_p2);

assign tmp_44_cast_fu_881_p1 = $signed(tmp_42_reg_1973);

assign tmp_44_fu_765_p2 = (tmp_7_5_cast_reg_1867 + tmp_38_fu_724_p2);

assign tmp_45_cast_fu_941_p1 = $signed(tmp_43_reg_1978);

assign tmp_45_fu_770_p2 = (tmp_7_6_cast_reg_1872 + tmp_38_fu_724_p2);

assign tmp_46_cast_fu_945_p1 = $signed(tmp_44_reg_1983);

assign tmp_46_fu_775_p2 = (tmp_7_7_cast_reg_1877 + tmp_38_fu_724_p2);

assign tmp_47_cast_fu_1053_p1 = $signed(tmp_45_reg_1988);

assign tmp_47_fu_780_p2 = (tmp_7_8_cast_reg_1882 + tmp_38_fu_724_p2);

assign tmp_48_cast_fu_1057_p1 = $signed(tmp_46_reg_1993);

assign tmp_48_fu_785_p2 = (tmp_7_9_cast_reg_1887 + tmp_38_fu_724_p2);

assign tmp_49_cast_fu_1178_p1 = $signed(tmp_47_reg_1998);

assign tmp_49_fu_790_p2 = (tmp_7_cast_3_reg_1892 + tmp_38_fu_724_p2);

assign tmp_4_fu_695_p2 = (i_cast_reg_1816 + n_reg_449);

assign tmp_50_cast_fu_1182_p1 = $signed(tmp_48_reg_2003);

assign tmp_50_fu_795_p2 = (tmp_7_10_cast_reg_1897 + tmp_38_fu_724_p2);

assign tmp_51_cast_fu_1302_p1 = $signed(tmp_49_reg_2008);

assign tmp_51_fu_800_p2 = (tmp_7_11_cast_reg_1902 + tmp_38_fu_724_p2);

assign tmp_52_cast_fu_1306_p1 = $signed(tmp_50_reg_2013);

assign tmp_52_fu_805_p2 = (tmp_7_12_cast_reg_1907 + tmp_38_fu_724_p2);

assign tmp_53_cast_fu_1428_p1 = $signed(tmp_51_reg_2018);

assign tmp_53_fu_810_p2 = (tmp_7_13_cast_reg_1912 + tmp_38_fu_724_p2);

assign tmp_54_cast_fu_1432_p1 = $signed(tmp_52_reg_2023);

assign tmp_54_fu_815_p2 = (tmp_7_14_cast_reg_1917 + tmp_38_fu_724_p2);

assign tmp_55_cast_fu_1540_p1 = $signed(tmp_53_reg_2028);

assign tmp_56_cast_fu_1544_p1 = $signed(tmp_54_reg_2033);

assign tmp_5_fu_675_p1 = tmp_3_fu_667_p3;

assign tmp_6_10_fu_615_p2 = (j_cast_fu_491_p1 + 5'd12);

assign tmp_6_11_fu_625_p2 = (j_cast_fu_491_p1 + 5'd13);

assign tmp_6_12_fu_635_p2 = (j_cast_fu_491_p1 + 5'd14);

assign tmp_6_13_fu_645_p2 = (j_cast_fu_491_p1 + 5'd15);

assign tmp_6_1_fu_605_p2 = (j_cast_fu_491_p1 + 5'd11);

assign tmp_6_2_fu_515_p2 = (j_reg_425 + 4'd2);

assign tmp_6_3_fu_525_p2 = (j_reg_425 + 4'd3);

assign tmp_6_4_fu_535_p2 = (j_reg_425 + 4'd4);

assign tmp_6_5_fu_545_p2 = (j_reg_425 + 4'd5);

assign tmp_6_6_fu_555_p2 = (j_reg_425 + 4'd6);

assign tmp_6_7_fu_565_p2 = (j_reg_425 + 4'd7);

assign tmp_6_8_fu_575_p2 = (j_cast_fu_491_p1 + 5'd8);

assign tmp_6_9_fu_585_p2 = (j_cast_fu_491_p1 + 5'd9);

assign tmp_6_fu_680_p2 = (tmp_3_fu_667_p3 | 9'd1);

assign tmp_6_s_fu_595_p2 = (j_cast_fu_491_p1 + 5'd10);

assign tmp_7_10_cast_fu_611_p1 = tmp_6_1_fu_605_p2;

assign tmp_7_11_cast_fu_621_p1 = tmp_6_10_fu_615_p2;

assign tmp_7_12_cast_fu_631_p1 = tmp_6_11_fu_625_p2;

assign tmp_7_13_cast_fu_641_p1 = tmp_6_12_fu_635_p2;

assign tmp_7_14_cast_fu_651_p1 = tmp_6_13_fu_645_p2;

assign tmp_7_1_cast_fu_511_p1 = j_1_fu_501_p2;

assign tmp_7_2_cast_fu_521_p1 = tmp_6_2_fu_515_p2;

assign tmp_7_3_cast_fu_531_p1 = tmp_6_3_fu_525_p2;

assign tmp_7_4_cast_fu_541_p1 = tmp_6_4_fu_535_p2;

assign tmp_7_5_cast_fu_551_p1 = tmp_6_5_fu_545_p2;

assign tmp_7_6_cast_fu_561_p1 = tmp_6_6_fu_555_p2;

assign tmp_7_7_cast_fu_571_p1 = tmp_6_7_fu_565_p2;

assign tmp_7_8_cast_fu_581_p1 = tmp_6_8_fu_575_p2;

assign tmp_7_9_cast_fu_591_p1 = tmp_6_9_fu_585_p2;

assign tmp_7_cast_3_fu_601_p1 = tmp_6_s_fu_595_p2;

assign tmp_7_cast_fu_507_p1 = j_reg_425;

assign tmp_7_fu_854_p3 = {{55'd0}, {tmp_9_fu_849_p2}};

assign tmp_8_fu_686_p3 = {{55'd0}, {tmp_6_fu_680_p2}};

assign tmp_9_fu_849_p2 = (tmp_3_reg_1930 | 9'd2);

assign tmp_s_fu_1793_p2 = ($signed(tmp8_cast_fu_1790_p1) + $signed(tmp1_cast_fu_1787_p1));

always @ (posedge ap_clk) begin
    i_cast_reg_1816[4] <= 1'b0;
    tmp_7_cast_reg_1842[10:4] <= 7'b0000000;
    tmp_7_1_cast_reg_1847[10:4] <= 7'b0000000;
    tmp_7_2_cast_reg_1852[10:4] <= 7'b0000000;
    tmp_7_3_cast_reg_1857[10:4] <= 7'b0000000;
    tmp_7_4_cast_reg_1862[10:4] <= 7'b0000000;
    tmp_7_5_cast_reg_1867[10:4] <= 7'b0000000;
    tmp_7_6_cast_reg_1872[10:4] <= 7'b0000000;
    tmp_7_7_cast_reg_1877[10:4] <= 7'b0000000;
    tmp_7_8_cast_reg_1882[10:5] <= 6'b000000;
    tmp_7_9_cast_reg_1887[10:5] <= 6'b000000;
    tmp_7_cast_3_reg_1892[10:5] <= 6'b000000;
    tmp_7_10_cast_reg_1897[10:5] <= 6'b000000;
    tmp_7_11_cast_reg_1902[10:5] <= 6'b000000;
    tmp_7_12_cast_reg_1907[10:5] <= 6'b000000;
    tmp_7_13_cast_reg_1912[10:5] <= 6'b000000;
    tmp_7_14_cast_reg_1917[10:5] <= 6'b000000;
    tmp_3_reg_1930[3:0] <= 4'b0000;
end

endmodule //alignment_1